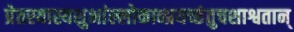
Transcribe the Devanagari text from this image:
प्रेतस्यास्यशुभांल्लोकान्प्रयच्छंतुचशाश्वतान्